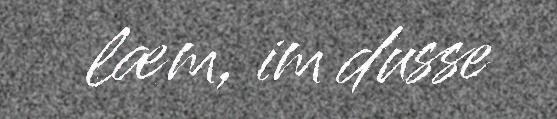
læm, im dusse